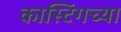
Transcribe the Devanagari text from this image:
कास्टिंगच्या